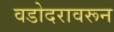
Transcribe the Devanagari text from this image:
वडोदरावरून